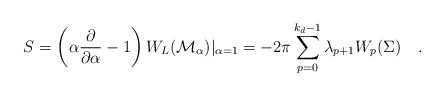
\begin{align*}S=\left(\alpha {\partial \over \partial \alpha} -1\right)W_L({\cal M}_{\alpha})|_{\alpha=1}=- 2\pi\sum_{p=0}^{k_d-1} \lambda _{p+1} W_{p}(\Sigma)~~~.\end{align*}